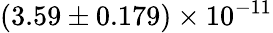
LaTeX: (3.59\pm 0.179)\times 10^{-11}